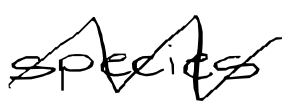
Text: species
Cross-out: zig-zag
Writing tool: digital_black